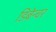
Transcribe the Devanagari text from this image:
डिबेन्‍चर